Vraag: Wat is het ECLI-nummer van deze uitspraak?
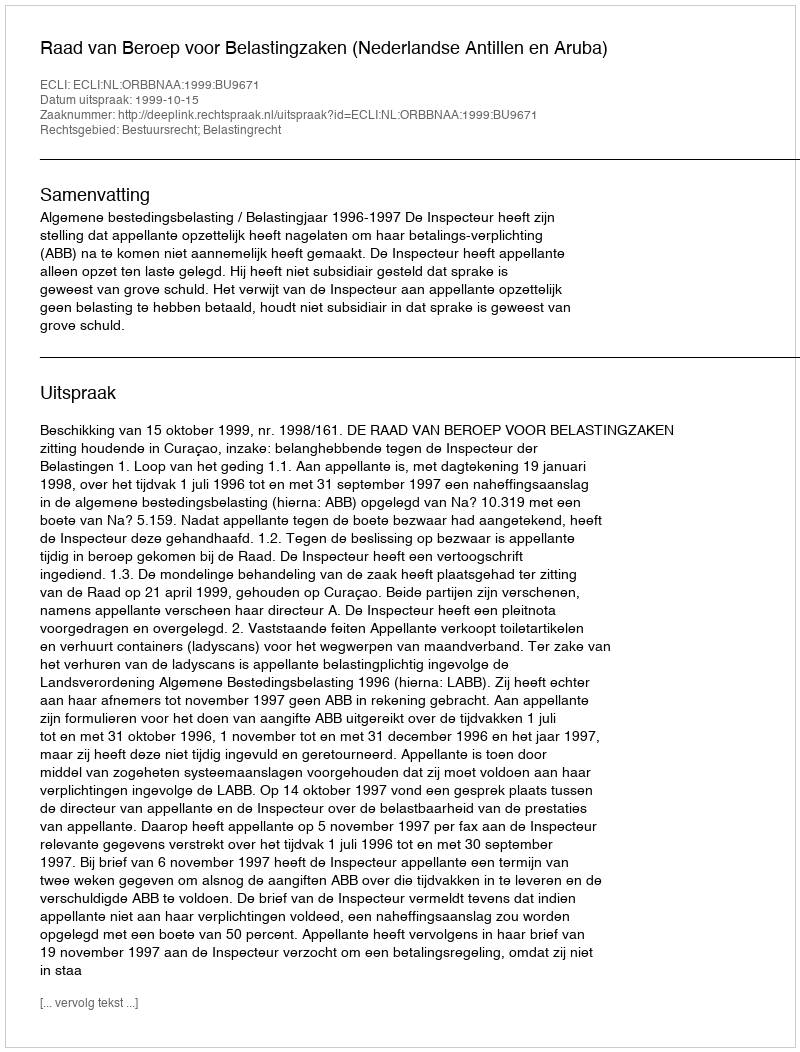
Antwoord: ECLI:NL:ORBBNAA:1999:BU9671